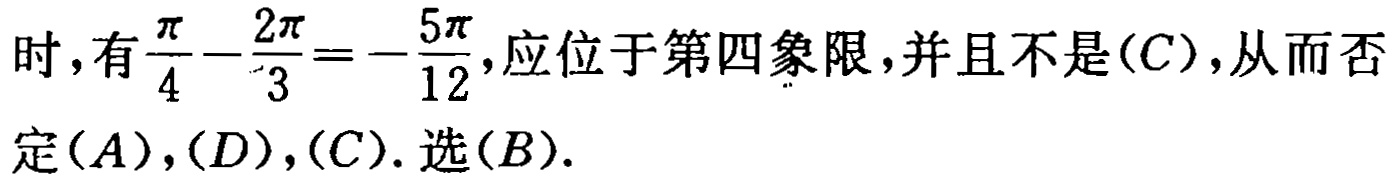
时，有\(\frac{\pi}{4}-\frac{2\pi}{3}=-\frac{5\pi}{12}\)，应位于第四象限，并且不是\((C)\)，从而否定\((A)\)，\((D)\)，\((C)\). 选\((B)\).